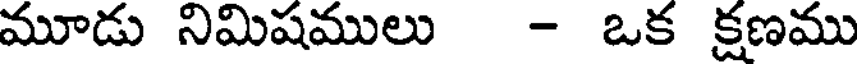
మూడు నిమిషములు - ఒక క్షణము